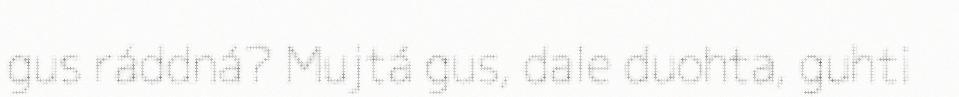
gus ráddná? Mujtá gus, dale duohta, guhti